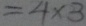
= 4 \times 3